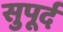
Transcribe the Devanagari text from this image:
सुुपूर्द